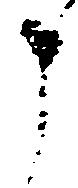
申